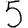
Digit: 5